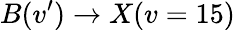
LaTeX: B(v^{\prime})\rightarrow X(v=15)